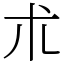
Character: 朮